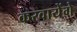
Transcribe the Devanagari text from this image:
करवायेंगे